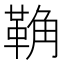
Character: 𩊺